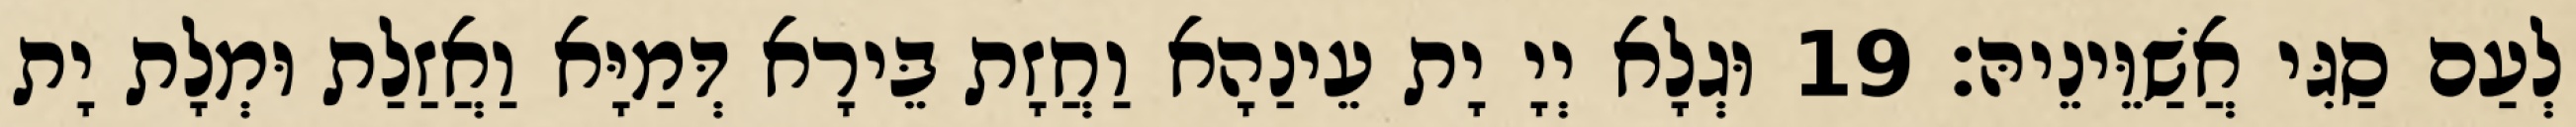
לְעַם סַגִּי אֲשַׁוֵּינֵיהּ׃ 19 וּגְלָא יְיָ יָת עֵינַהָא וַחֲזָת בֵּירָא דְּמַיָּא וַאֲזַלַת וּמְלָת יָת